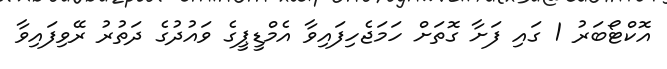
އޮކްޓޯބަރު 1 ގައި ފަށާ ގޮތަށް ހަމަޖެހިފައިވާ އެމްޑީޕީގެ ވައުދުގެ ދަތުރު ރޭވިފައިވާ